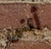
أنني